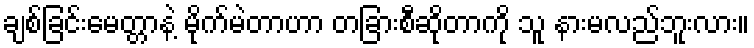
ချစ်ခြင်းမေတ္တာနဲ့ မိုက်မဲတာဟာ တခြားစီဆိုတာကို သူ နားမလည်ဘူးလား။